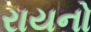
રાયનો